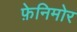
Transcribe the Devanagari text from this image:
फ़ेनिमोर